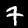
Label: 7